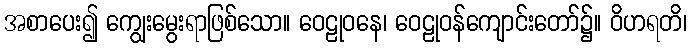
အစာပေး၍ ကျွေးမွေးရာဖြစ်သော။ ဝေဠုဝနေ၊ ဝေဠုဝန်ကျောင်းတော်၌။ ဝိဟရတိ၊